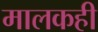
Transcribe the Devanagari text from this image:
मालकही